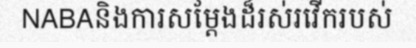
NABAនិងការសម្តែងដ៏រស់រវើករបស់